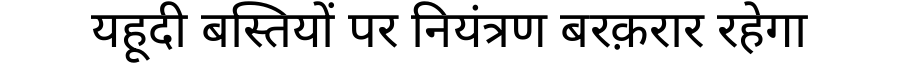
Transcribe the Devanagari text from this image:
यहूदी बस्तियों पर नियंत्रण बरक़रार रहेगा